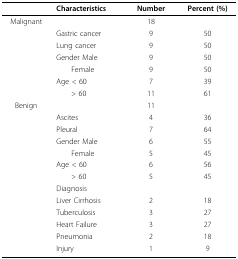
<table><thead><tr><td></td><td><b>Characteristics</b></td><td><b>Number</b></td><td><b>Percent (%)</b></td></tr></thead><tbody><tr><td>Malignant</td><td></td><td>18</td><td></td></tr><tr><td></td><td>Gastric cancer</td><td>9</td><td>50</td></tr><tr><td></td><td>Lung cancer</td><td>9</td><td>50</td></tr><tr><td></td><td>Gender Male</td><td>9</td><td>50</td></tr><tr><td></td><td> Female</td><td>9</td><td>50</td></tr><tr><td></td><td>Age &lt; 60</td><td>7</td><td>39</td></tr><tr><td></td><td> &gt; 60</td><td>11</td><td>61</td></tr><tr><td>Benign</td><td></td><td>11</td><td></td></tr><tr><td></td><td>Ascites</td><td>4</td><td>36</td></tr><tr><td></td><td>Pleural</td><td>7</td><td>64</td></tr><tr><td></td><td>Gender Male</td><td>6</td><td>55</td></tr><tr><td></td><td> Female</td><td>5</td><td>45</td></tr><tr><td></td><td>Age &lt; 60</td><td>6</td><td>56</td></tr><tr><td></td><td> &gt; 60</td><td>5</td><td>45</td></tr><tr><td></td><td>Diagnosis</td><td></td><td></td></tr><tr><td></td><td>Liver Cirrhosis</td><td>2</td><td>18</td></tr><tr><td></td><td>Tuberculosis</td><td>3</td><td>27</td></tr><tr><td></td><td>Heart Failure</td><td>3</td><td>27</td></tr><tr><td></td><td>Pneumonia</td><td>2</td><td>18</td></tr><tr><td></td><td>Injury</td><td>1</td><td>9</td></tr></tbody></table>